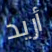
أريد